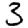
Digit: 3